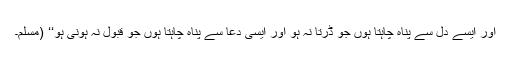
اور ایسے دل سے پناہ چاہتا ہوں جو ڈرتا نہ ہو اور ایسی دعا سے پناہ چاہتا ہوں جو قبول نہ ہونی ہو‘‘ (مسلم۔